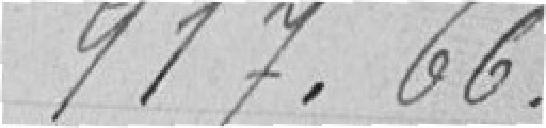
917. 66